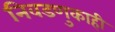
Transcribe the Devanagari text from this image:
निवडणुकाही